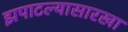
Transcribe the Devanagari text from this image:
झपाटल्यासारखा